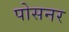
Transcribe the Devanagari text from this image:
पोसनर